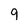
Character: 9